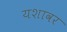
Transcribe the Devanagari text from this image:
यशावर